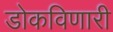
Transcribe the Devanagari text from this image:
डोकविणारी